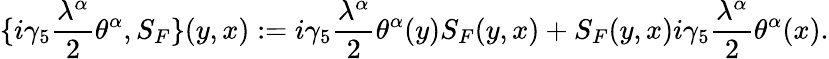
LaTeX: \{ i\gamma_{5}\frac{\lambda^{\alpha}}{2}\theta^{\alpha},S_{F}\} (y,x):=i\gamma_{5}\frac{\lambda^{\alpha}}{2}\theta^{\alpha}(y)S_{F}(y,x)+S_{F}(y,x)i\gamma_{5}\frac{\lambda^{\alpha}}{2}\theta^{\alpha}(x).